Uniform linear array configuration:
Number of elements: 24
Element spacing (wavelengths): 0.75
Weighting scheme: exponential
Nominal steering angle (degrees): -45
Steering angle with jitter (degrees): -45.588
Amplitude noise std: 0.05
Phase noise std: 0.05

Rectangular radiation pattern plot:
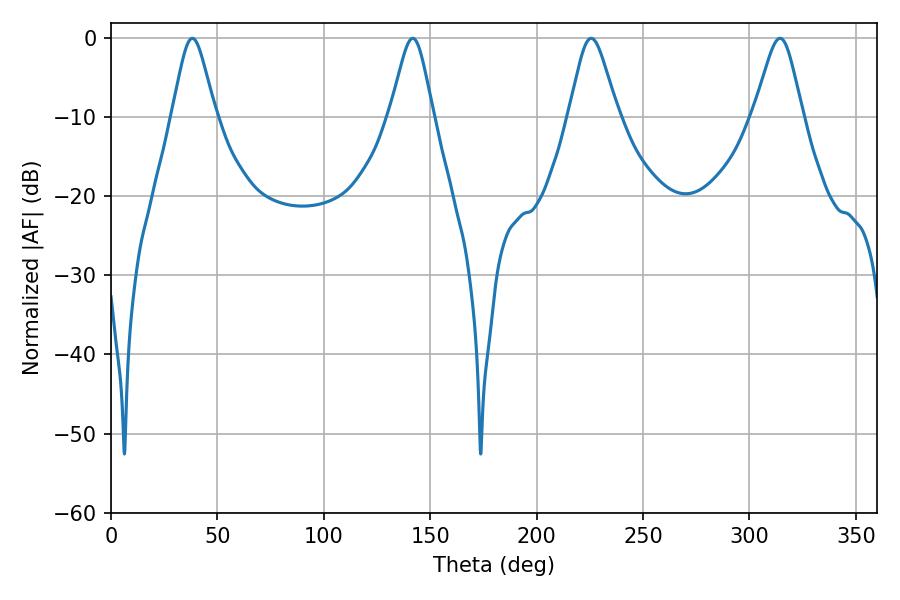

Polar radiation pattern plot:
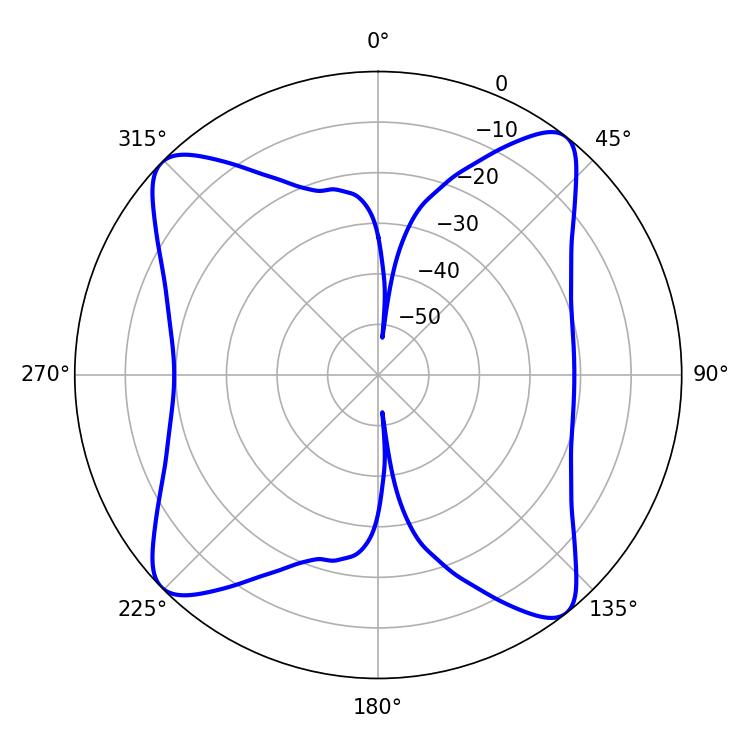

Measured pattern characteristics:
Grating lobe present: TRUE
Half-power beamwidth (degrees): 9.9
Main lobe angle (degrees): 38.16